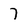
Character: 7